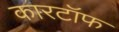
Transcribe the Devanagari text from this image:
कारटॉफ